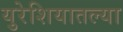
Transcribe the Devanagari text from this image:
युरेशियातल्या